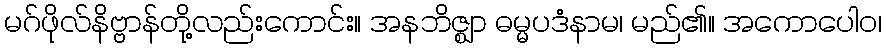
မဂ်ဖိုလ်နိဗ္ဗာန်တို့လည်းကောင်း။ အနဘိဇ္ဈာ ဓမ္မပဒံနာမ၊ မည်၏။ အကောပေါဝ၊